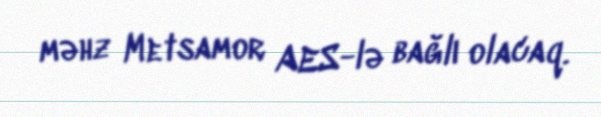
məhz Metsamor AES-lə bağlı olacaq.